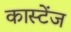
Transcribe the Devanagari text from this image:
कास्टेंज